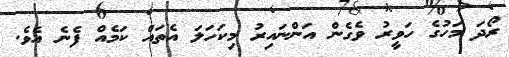
ރޯދަ މަހުގެ ހަވީރު ވެގެން އަންނައިރު މިކަހަލަ އެތައް ކަމެއް ފެނެ އެވެ.